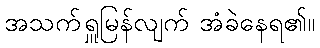
အသက်ရှူမြန်လျက် အံခဲနေရ၏။